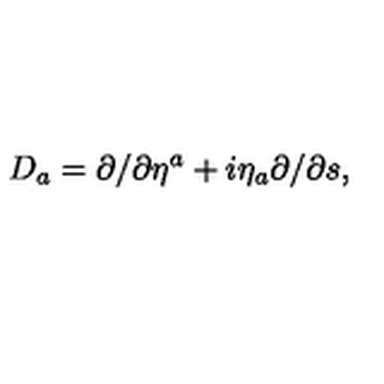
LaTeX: D _ { a } = \partial / \partial \eta ^ { a } + i \eta _ { a } \partial / { \partial s } ,